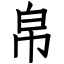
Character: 帛